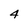
Character: 4